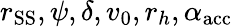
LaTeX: r_{\mathrm{SS}},\psi,\delta,v_{0},r_{h},\alpha_{\mathrm{acc}}